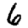
Digit: 6